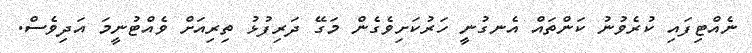
ނެއްޓިފައި ކުރެވުނު ކަންތައް އެނގުނީ ހަރުކަށިވެގެން މަގޭ ދަރިފުޅު ތިރިއަށް ވެއްޓުނީމަ އަދިވެސް.